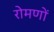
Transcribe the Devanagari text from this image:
रोमणों